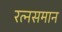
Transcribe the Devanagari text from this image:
रत्‍नसमान